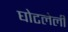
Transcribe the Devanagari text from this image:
घोटलेली